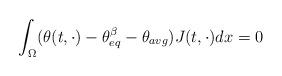
LaTeX: \begin{align*} \int_\Omega (\theta(t,\cdot) - \theta_{eq}^\beta - \theta_{avg}) J(t,\cdot) dx = 0\end{align*}